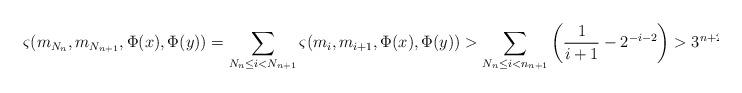
LaTeX: \begin{align*}\varsigma(m_{N_n}, m_{N_{n + 1}}, \Phi(x), \Phi(y)) = \sum_{N_n \leq i < N_{n + 1}} \varsigma(m_i, m_{i+ 1}, \Phi(x), \Phi(y)) > \sum_{N_n \leq i < n_{n + 1}} \left(\frac{1}{i + 1} - 2^{-i - 2}\right) > 3^{n + 2}\end{align*}